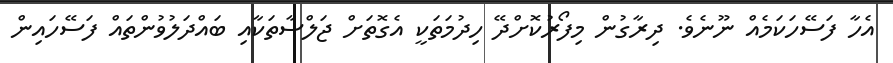
އެހާ ފަސޭހަކަމެއް ނޫނެވެ. ދިރާގުން މިފޯރުކޮށްދޭ ހިދުމަތަކީ އެގޮތަށް ޖަލްސާތަކާއި ބައްދަލުވުންތައް ފަސޭހައިން